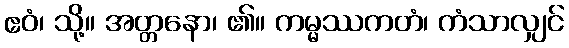
ဧဝံ၊ သို့။ အတ္တနော၊ ၏။ ကမ္မဿကတံ၊ ကံသာလျှင်